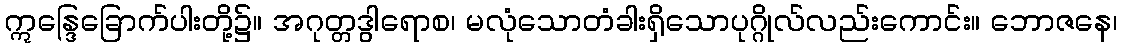
ဣန္ဒြေခြောက်ပါးတို့၌။ အဂုတ္တဒွါရောစ၊ မလုံသောတံခါးရှိသောပုဂ္ဂိုလ်လည်းကောင်း။ ဘောဇနေ၊